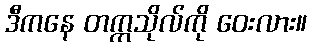
ဒီကနေ တက္ကသိုလ်ကို ဝေးလား။